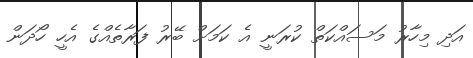
އަދި މިހާރު މަސައްކަތް ކުރަނީ އެ ކަމަށް ބޭރު ފަރާތެއްގެ އެހީ ހޯދަން